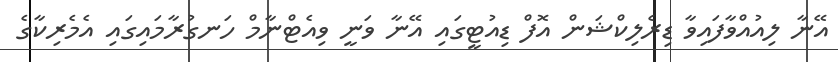
އޭނާ ލިއުއްވާފައިވާ ޑިރެލިކްޝަން އޮފް ޑިއުޓީގައި އޭނާ ވަނީ ވިއެޓްނާމް ހަނގުރާމައިގައި އެމެރިކާގެ